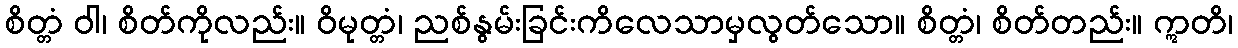
စိတ္တံ ဝါ၊ စိတ်ကိုလည်း။ ဝိမုတ္တံ၊ ညစ်နွမ်းခြင်းကိလေသာမှလွတ်သော။ စိတ္တံ၊ စိတ်တည်း။ ဣတိ၊